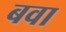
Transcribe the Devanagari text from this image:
बवा